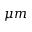
\mu m